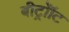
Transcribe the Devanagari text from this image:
बीट्रोॉट